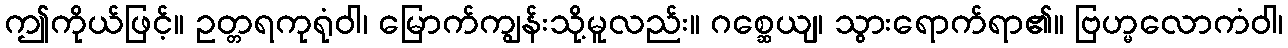
ဤကိုယ်ဖြင့်။ ဥတ္တရကုရုံဝါ၊ မြောက်ကျွန်းသို့မူလည်း။ ဂစ္ဆေယျ၊ သွားရောက်ရာ၏။ ဗြဟ္မလောကံဝါ၊